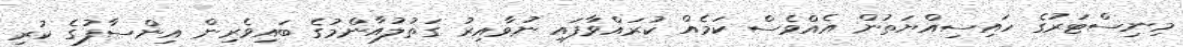
މިނިސްޓަރުގެ ހައިސިއްޔަތުން އެއްވެސް ކަމެއް ކުރައްވާފައި ނުވާއިރު ގަތުލުއާންމުގެ ބައިވެރިން އިންސާފުގެ ކުރި